Scottish Leaving Certificate Examination, 1951
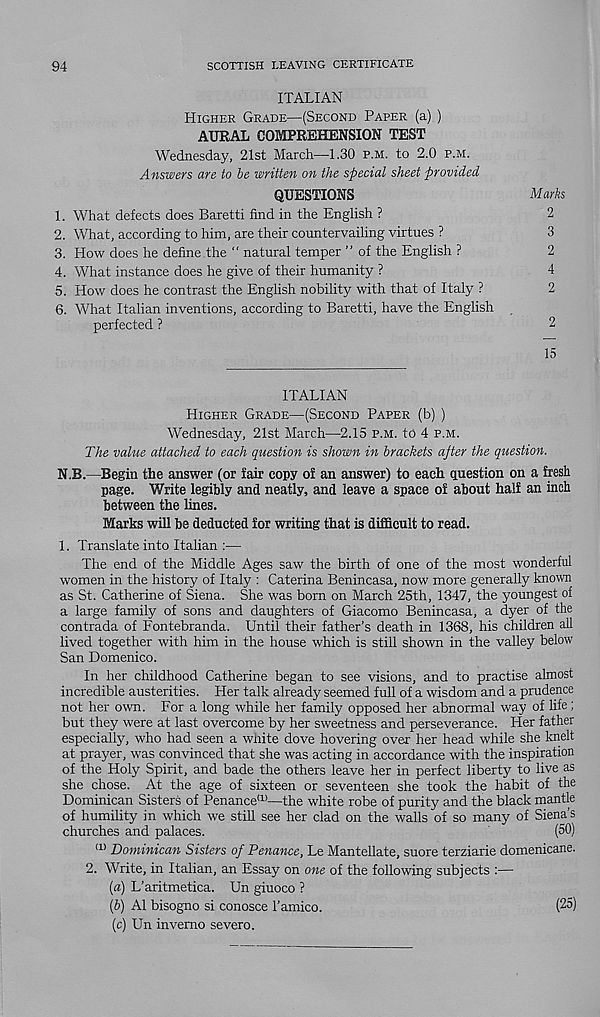
94
SCOTTISH LEAVING CERTIFICATE
ITALIAN
Higher Grade—(Second Paper (a) )
AURAL COMPREHENSION TEST
Wednesday, 21st March—1.30 p.m. to 2.0 p.m.
Answers are to be written on the special sheet provided
QUESTIONS
Marks
1. What defects does Baretti find in the English ?
2
2. What, according to him, are their countervailing virtues ?
3
3. How does he define the “ natural temper ” of the English ?
2
4. What instance does he give of their humanity ?
4
5. How does he contrast the English nobility with that of Italy ?
2
6. What Italian inventions, according to Baretti, have the English
perfected ?
2
15
ITALIAN
Higher Grade—(Second Paper (b) )
Wednesday, 21st March—2.15 p.m. to 4 p.m.
The value attached to each question is shown in brackets after the question.
N.B.—Begin the answer (or fair copy of an answer) to each question on a fresh
page. Write legibly and neatly, and leave a space of about half an inch
between the lines.
Marks will be deducted for writing that is difficult to read.
1. Translate into Italian :—
The end of the Middle Ages saw the birth of one of the most wonderful
women in the history of Italy : Caterina Benincasa, now more generally known
as St. Catherine of Siena. She was born on March 25th, 1347, the youngest of
a large family of sons and daughters of Giacomo Benincasa, a dyer of the
contrada of Fontebranda. Until their father's death in 1368, his children all
lived together with him in the house which is still shown in the valley below
San Domenico.
In her childhood Catherine began to see visions, and to practise almost
incredible austerities. Her talk already seemed full of a wisdom and a prudence
not her own. For a long while her family opposed her abnormal way of life;
but they were at last overcome by her sweetness and perseverance. Her father
especially, who had seen a white dove hovering over her head while she knelt
at prayer, was convinced that she was acting in accordance with the inspiration
of the Holy Spirit, and bade the others leave her in perfect liberty to live as
she chose. At the age of sixteen or seventeen she took the habit of the
Dominican Sisters of Penance !1) —the white robe of purity and the black mantle
of humility in which we still see her clad on the walls of so many of Siena’s
churches and palaces.
(50)
(1> Dominican Sisters of Penance, Le Mantellate, suore terziarie domenicane.
2. Write, in Italian, an Essay on one of the following subjects :—
(a) L’aritmetica. Un giuoco ?
(b) A1 bisogno si conosce I’amico.
(c) Un invemo severe.
(25)